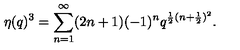
\eta ( q ) ^ { 3 } = \sum _ { n = 1 } ^ { \infty } ( 2 n + 1 ) ( - 1 ) ^ { n } q ^ { \frac { 1 } { 2 } ( n + \frac { 1 } { 2 } ) ^ { 2 } } .